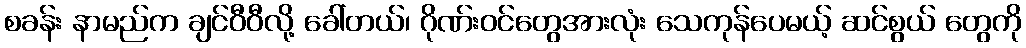
စခန်း နာမည်က ချင်ဝီဝီလို့ ခေါ်တယ်၊ ဂိုဏ်းဝင်တွေအားလုံး သေကုန်ပေမယ့် ဆင်စွယ် တွေကို